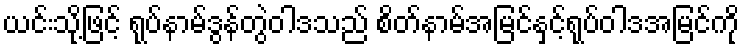
ယင်းသို့ဖြင့် ရုပ်နာမ်ဒွန်တွဲဝါဒသည် စိတ်နာမ်အမြင်နှင့်ရုပ်ဝါဒအမြင်ကို